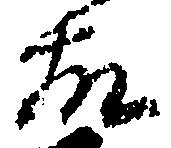
故